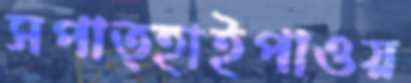
সপাত্হাইপাওয়